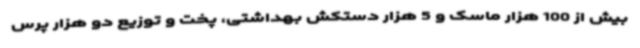
بیش از 100 هزار ماسک و 5 هزار دستکش بهداشتی، پخت و توزیع دو هزار پرس